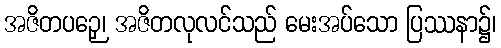
အဇိတပဉှေ၊ အဇိတလုလင်သည် မေးအပ်သော ပြဿနာ၌၊